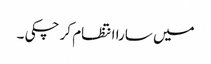
میں سارا انتظام کر چکی ۔